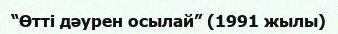
“Өтті дәурен осылай” (1991 жылы)